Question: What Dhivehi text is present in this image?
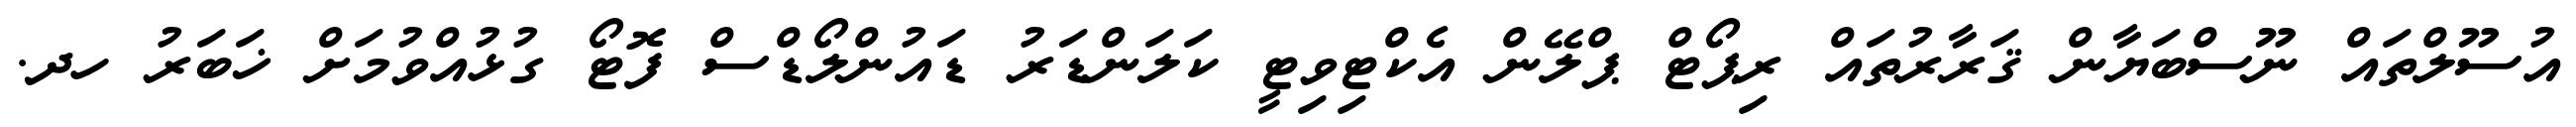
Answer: އުސޫލްތައް ނޫސްބަޔާން ޤަރާރުތައް ރިޕޯޓް ޕްލޭން އެކްޓިވިޓީ ކަލަންޑަރު ޑައުންލޯޑްސް ފޮޓޯ ގުޅުއްވުމަށް ޚަބަރު ހދ.